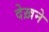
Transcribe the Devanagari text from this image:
देख़ने